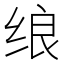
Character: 𱺡